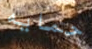
حمايه